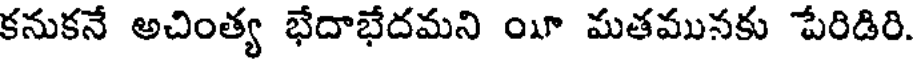
కనుకనే అచింత్య భేదాభేదమని ౦ మతమునకు పేరిడిరి.